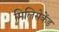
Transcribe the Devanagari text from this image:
मिलिसेकेंड